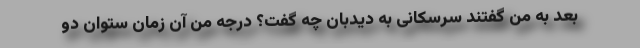
بعد به من گفتند سرسکانی به دیدبان چه گفت؟ درجه من آن زمان ستوان دو